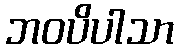
ဘဝပိပါသာ